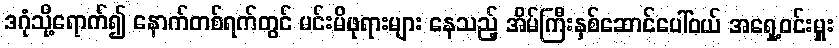
ဒဂုံသို့ရောက်၍ နောက်တစ်ရက်တွင် မင်းမိဖုရားများ နေသည့် အိမ်ကြီးနှစ်ဆောင်ပေါ်ဝယ် အရှေ့ဝင်းမှူး